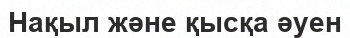
Нақыл және қысқа әуен